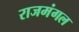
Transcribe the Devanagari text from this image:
राजमंगल